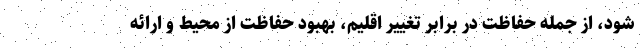
شود، از جمله حفاظت در برابر تغییر اقلیم، بهبود حفاظت از محیط و ارائه